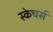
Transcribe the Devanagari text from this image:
स्केचर्स